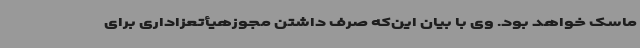
ماسک خواهد بود. وی با بیان این‌که صرف داشتن مجوزهیأتعزاداری برای